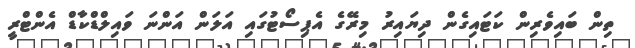
ތިން ބައިވެރިން ކަޓައިގެން ދިޔައިރު މިރޭގެ އެޕިސޯޓުގައި އަލަން އަންނަ ވައިލްޑްކާޑް އެންޓްރީ